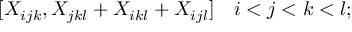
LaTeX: [ X _ { i j k } , X _ { j k l } + X _ { i k l } + X _ { i j l } ] \quad i < j < k < l ;